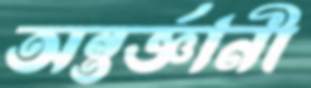
অন্তর্জ্ঞানী